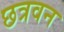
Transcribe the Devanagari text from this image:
छत्रवन